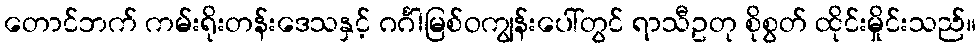
တောင်ဘက် ကမ်းရိုးတန်းဒေသနှင့် ဂင်္ဂါမြစ်ဝကျွန်းပေါ်တွင် ရာသီဥတု စိုစွတ် ထိုင်းမှိုင်းသည်။